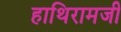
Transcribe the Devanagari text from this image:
हाथिरामजी